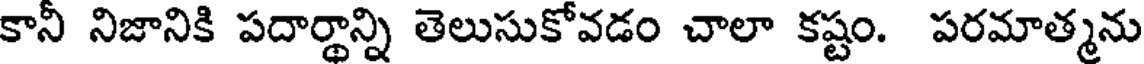
కానీ నిజానికి పదార్థాన్ని తెలుసుకోవడం చాలా కష్టం. పరమాత్మను